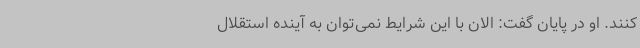
کنند. او در پایان گفت: الان با این شرایط نمی‌توان به آینده استقلال